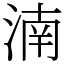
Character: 湳